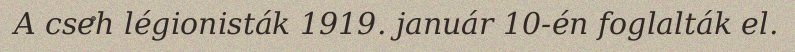
A cseh légionisták 1919. január 10-én foglalták el.